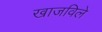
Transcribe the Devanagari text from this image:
खाजविले